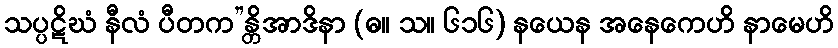
သပ္ပဋိဃံ နီလံ ပီတက”န္တိအာဒိနာ (ဓ။ သ။ ၆၁၆) နယေန အနေကေဟိ နာမေဟိ